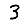
Digit: 3